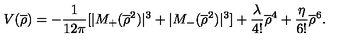
V ( \overline { { \rho } } ) = - \frac { 1 } { 1 2 \pi } [ | M _ { + } ( \overline { { \rho } } ^ { 2 } ) | ^ { 3 } + | M _ { - } ( \overline { { \rho } } ^ { 2 } ) | ^ { 3 } ] + \frac { \lambda } { 4 ! } \overline { { \rho } } ^ { 4 } + \frac { \eta } { 6 ! } \overline { { \rho } } ^ { 6 } .